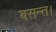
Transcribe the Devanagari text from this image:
बसन्त।